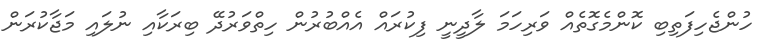
ހުންޖެހިފަތިބި ކޮންމެގޮތެއް ވަރިހަމަ ލާދީނީ ފިކުރައް އެއްބުރުން ހިތްވަރުދޭ ބިރަކާއި ނުލައި މަޖާކުރަން